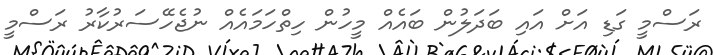
ރަސްމީ ގަޑި އަށް އައި ބަދަލުން ބައެއް މީހުން ހިތްހަމައެއް ނުޖެހޭސަރުކާރު ރަސްމީ